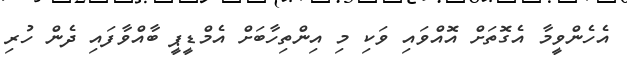
އެހެންވީމާ އެގޮތަށް އޮއްވައި ވަކި މި އިންތިހާބަށް އެމްޑީޕީ ބާއްވާފައި ދެން ހުރި